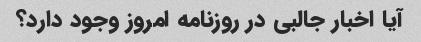
آیا اخبار جالبی در روزنامه امروز وجود دارد؟